Madras plague regulations and rules - Volume 1
Disease focus: Plague
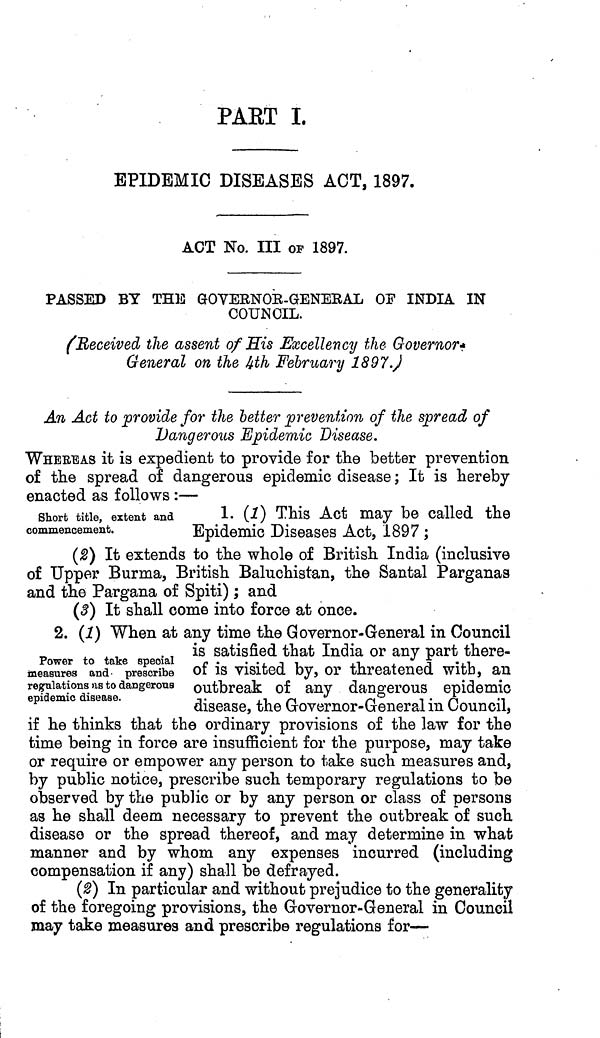
PART I.
EPIDEMIC DISEASES ACT, 1897.
ACT No. III OF 1897.
PASSED BY THE GOVERNOR-GENERAL OF INDIA IN
COUNCIL.
(Received the assent of His Excellency the Governor*
General on the 4th February 1897.)
An Act to provide for the better prevention of the spread of
Dangerous Epidemic Disease.
WHEREAS it is expedient to provide for the better prevention
of the spread of dangerous epidemic disease ; It is hereby
enacted as follows :—
short title, extent and
1. (1) This Act may be called the
commencement.
Epidemic Diseases Act, 1897 ;
(2) It extends to the whole of British India (inclusive
of Upper Burma, British Baluchistan, the Santal Parganas
and the Pargana of Spiti) ; and
(3) It shall come into force at once.
2. (1) When at any time the Governor-General in Council
is
satisfied that India or any part there-
Power to take
special
measures and prescribe of is visited by, or threatened with, an
regulations as to dangerous outbreak of any dangerous epidemic
epidemic
disease.
disease, the Governor-General in Council,
if he thinks that the ordinary provisions of the law for the
time being in force are insufficient for the purpose, may take
or require or empower any person to take such measures and,
by public notice, prescribe such temporary regulations to be
observed by the public or by any person or class of persons
as he shall deem necessary to prevent the outbreak of such
disease or the spread thereof, and may determine in what
manner and by whom any expenses incurred (including
compensation if any) shall be defrayed.
(2) In particular and without prejudice to the generality
of the foregoing provisions, the Governor-General in Council
may take measures and prescribe regulations for—